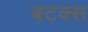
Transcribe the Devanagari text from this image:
बटक्स